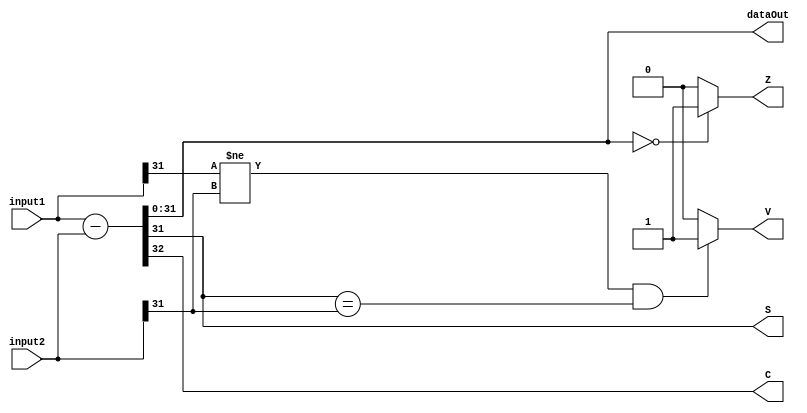
module sub_r0 #(
	parameter DATA_WIDTH = 32
)(
	input [DATA_WIDTH - 1:0] input1,
	input [DATA_WIDTH - 1:0] input2,
	output[DATA_WIDTH - 1:0] dataOut,
	output C,
	output Z,
	output V,
	output S
);
/**********
 *  Array Packing Defines 
 **********/
/**********
 * Internal Signals
**********/
reg [DATA_WIDTH:0] tmpSub;
reg Ctmp, Ztmp, Vtmp, Stmp;

/**********
 * Glue Logic 
 **********/
/**********
 * Synchronous Logic
 **********/
/**********
 * Glue Logic 
 **********/
/**********
 * Components
 **********/
/**********
 * Output Combinatorial Logic
 **********/
 always @(input1, input2) begin
	Ctmp = 0;
	Ztmp = 0;
	Vtmp = 0;
	Stmp = 0;
	
	tmpSub = input1 - input2;
	
	Ctmp = tmpSub[DATA_WIDTH];
	
	if(tmpSub[DATA_WIDTH-1:0] == {(DATA_WIDTH){1'b0}}) begin
		Ztmp = 1;
	end
	
	if((input1[DATA_WIDTH - 1] != input2[DATA_WIDTH - 1]) && (tmpSub[DATA_WIDTH - 1] == input2[DATA_WIDTH - 1])) begin
		Vtmp = 1;
	end

	Stmp = tmpSub[DATA_WIDTH - 1];
 end
 
 assign dataOut = tmpSub[DATA_WIDTH - 1:0];
 assign C = Ctmp;
 assign Z = Ztmp;
 assign V = Vtmp;
 assign S = Stmp;
 
endmodule